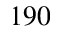
1 9 0